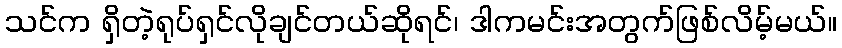
သင်က ရှိတဲ့ရုပ်ရှင်လိုချင်တယ်ဆိုရင်၊ ဒါကမင်းအတွက်ဖြစ်လိမ့်မယ်။